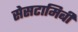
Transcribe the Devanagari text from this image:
सेसटामिबी